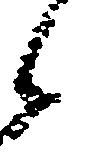
候